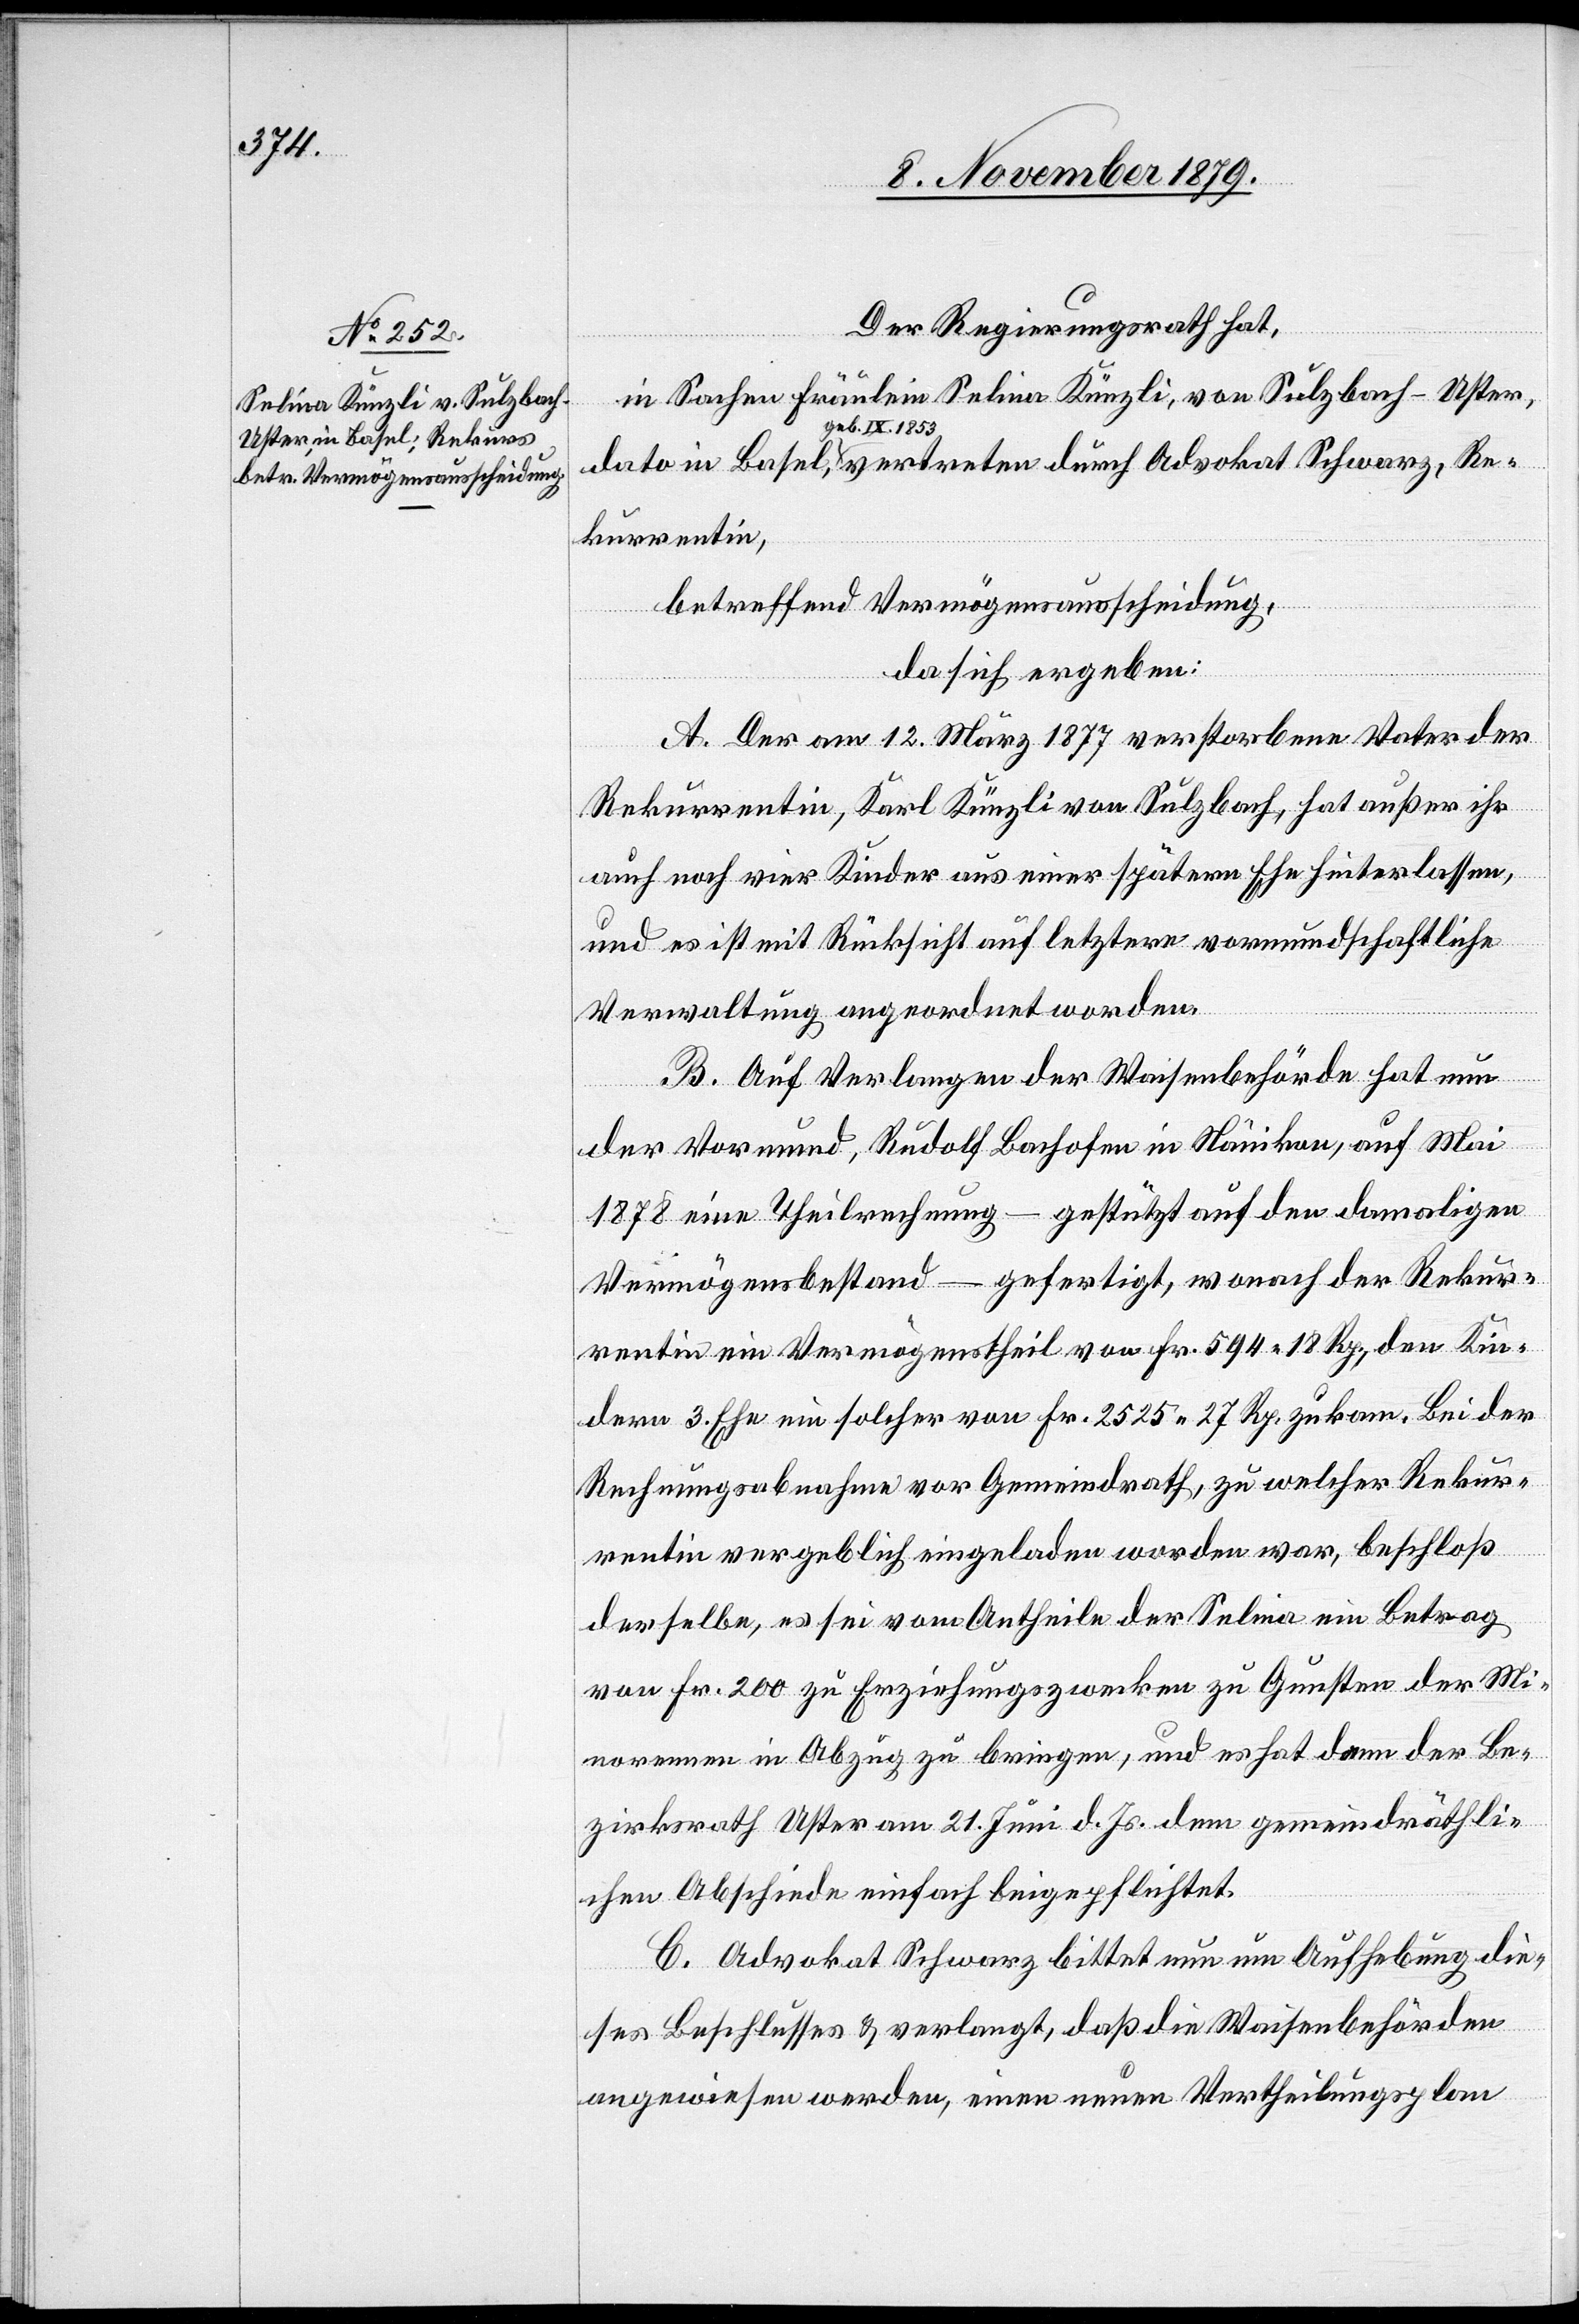
Der Regierungsrath hat,
in Sachen Fräulein Selina Künzli, von Sulzbach - Uster,
geb. IX. 1853
Rekurrentin,
betreffend Vermögensausscheidung,
da sich ergeben:
A. Der am 12. März 1877 verstorbene Vater der
Rekurrentin, Karl Künzli von Sulzbach, hat außer ihr
auch noch vier Kinder aus einer späteren Ehe hinterlassen,
und es ist mit Rücksicht auf letztere vormundschaftliche
Verwaltung angeordnet worden.
B. Auf Verlangen der Waisenbehörde hat nun
der Vormund, Rudolf Bachofen in Nänikon, auf Mai
1878 eine Theilrechnung – gestützt auf den damaligen
Vermögensbestand – gefertigt, wonach der Rekur¬
rentin ein Vermögenstheil von Fr. 549 18 Rp., den Kin¬
dern 3. Ehe ein solcher von Fr. 2525 27 Rp. zukam. Bei der
Rechnungsabnahme vor Gemeindrath, zu welcher Rekur¬
rentin vergeblich eingeladen worden war, beschloß
derselbe, es sei vom Antheile der Selina ein Betrag
von Fr. 200 zu Erziehungszwecken zu Gunsten der Mi¬
norennen in Abzug zu bringen, und es hat dann der Be¬
zirksrath Uster am 21. Juni d. Js. dem gemeindräthli¬
chen Abschiede einfach beigepflichtet.
C. Advokat Schwarz bittet nun um Aufhebung die¬
ses Beschlusses & verlangt, daß die Waisenbehörden
angewiesen werden, einen neuen Vertheilungsplan